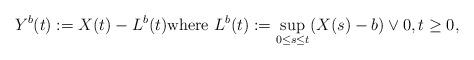
LaTeX: \begin{align*} Y^b(t) := X(t) - L^b(t) \textrm{where } L^b(t) := \sup_{0 \leq s \leq t} (X(s) - b) \vee 0, t \geq 0, \end{align*}